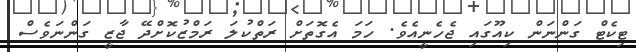
ޓިކެޓް ގަންނަން ކިއޫގައި ޖެހެނީއެވެ. ހަމަ އެގޮތަށް ރަތްކުލަ ރަމްޒުކޮށްދޭ ޖާޒީ ގަންނަވެސް